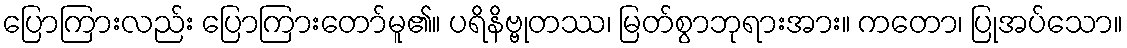
ပြောကြားလည်း ပြောကြားတော်မူ၏။ ပရိနိဗ္ဗုတဿ၊ မြတ်စွာဘုရားအား။ ကတော၊ ပြုအပ်သော။